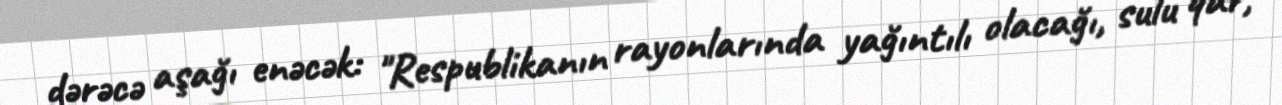
dərəcə aşağı enəcək: "Respublikanın rayonlarında yağıntılı olacağı, sulu qar,